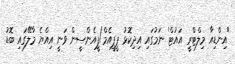
'އިންޑިއާ މިލްޓްރީ އައުޓް' ނަމުގައި އިދިކޮޅު ޕީޕީއެމް/ޕީއެންސީން ވަނީ އިއްޔެ މާލޭގައި ބޮޑު